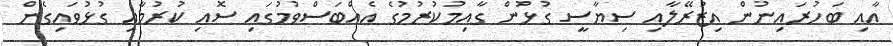
އާއި ބަހުރައިނުން އިޒުރޭލާއި ސިޔާސީ ގުޅުން ގާއިމުކުރުމުގެ އެއްބަސްވުމުގައި ސޮއި ކުރުމާއި ގުޅުވައިގެން